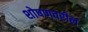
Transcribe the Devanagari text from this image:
शोषणवरील